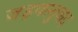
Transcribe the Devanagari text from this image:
जड़वस्तुवाद